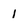
Character: 1